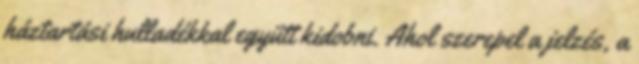
háztartási hulladékkal együtt kidobni. Ahol szerepel a jelzés, a